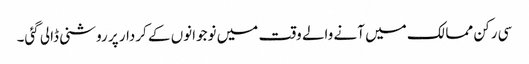
سی رکن ممالک میں آنے والے وقت میں نوجوانوں کے کردار پر روشنی ڈالی گئی۔